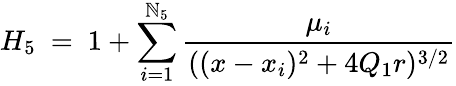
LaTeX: H_{5}\ =\ 1+\sum_{i=1}^{\mathbb{N}_{5}}\frac{{\mu_{i}}}{{((x-x_{i})^{2}+4Q_{1}r)^{3/2}}}